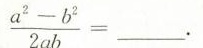
$$\frac{a^{2}-b^{2}}{2ab}=$$ ___.